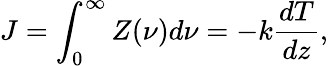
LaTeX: J=\int_{0}^{\infty}Z(\nu)d\nu=-k\frac{dT}{dz},